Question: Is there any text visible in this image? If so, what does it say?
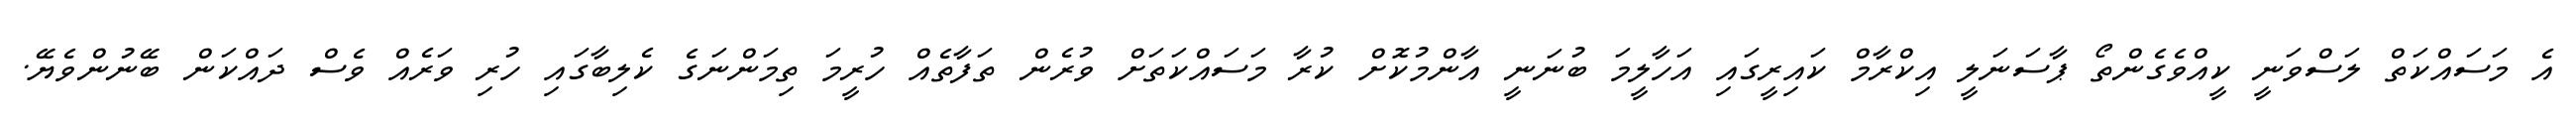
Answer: އެ މަސައްކަތް ލަސްވަނީ ކީއްވެގެންތޯ ޕާސަނަލީ އިކްރާމް ކައިރީގައި އަހާލީމަ ބުނަނީ އާންމުކޮށް ކުރާ މަސައްކަތަށް ވުރެން ތަފާތެއް ހުރީމަ ތިމަންނަގެ ކެލިބާގައި ހުރި ވަރެއް ވެސް ދައްކަން ބޭނުންވެޔޭ.